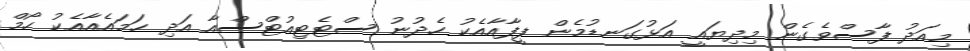
މިއަދު ފާސްވެގެން މިދިޔައީ އަޅުގަނޑުމެން ފީފާއާއެކު ހެދުނު ސްޓެޓިއުޓްސްއާ އަދި ހަމައެއާއެކު ހޯމް